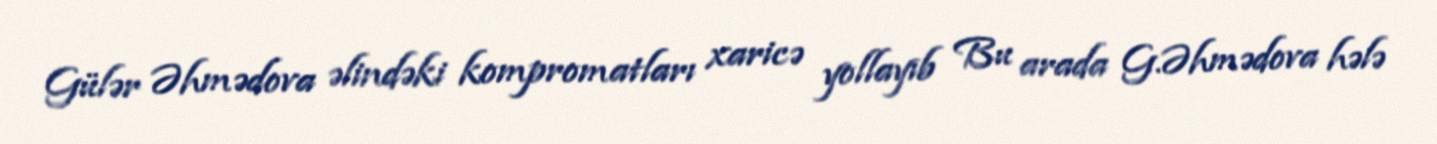
Gülər Əhmədova əlindəki kompromatları xaricə yollayıb Bu arada G.Əhmədova hələ